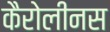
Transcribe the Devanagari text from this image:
कैरोलीनस